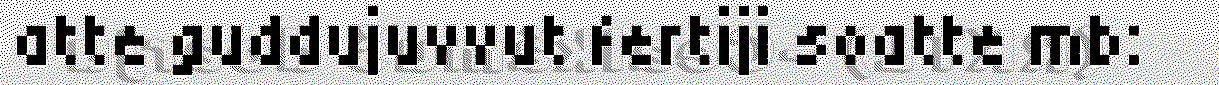
atte guddujuvvut fertiji soatte mb: